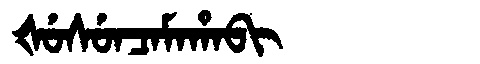
Manchu: ᡧᡠᠰᡠᠨᠴᠠᠮᠠᡥᠠᠪᡳ
Romanization: ŠUSUNCAMAHABI